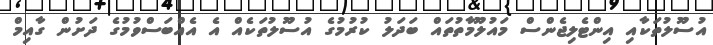
އުސޫލުތަކާއި އިންޓެލިޖެންސް މައުލޫމާތުތައް ބަދަލު ކުރުމުގެ އުސޫލުތަކެއް އެ އެއްބަސްވުމުގެ ދަށުން ގާއިމް